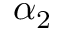
\alpha _ { 2 }